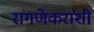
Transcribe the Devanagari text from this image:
रांगणेकरांशी